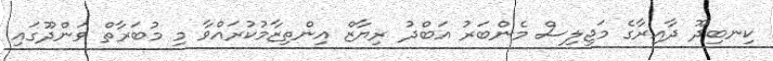
ކިނބިދޫ ދާއިރާގެ މަޖިލިސް މެންބަރު އަބްދު ރިޔާޒް އިންތިޒާމުކުރައްވާ މި މުބަރާތް ވަންދޫގައި